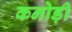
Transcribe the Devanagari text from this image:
कनोड़ी